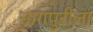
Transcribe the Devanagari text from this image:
नागपुरीला